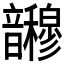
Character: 𫖜